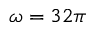
\omega = 3 2 \pi